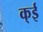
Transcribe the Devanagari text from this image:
क्ई